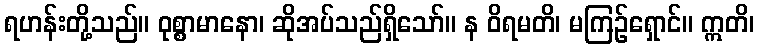
ရဟန်းတို့သည်။ ဝုစ္စာမာနော၊ ဆိုအပ်သည်ရှိသော်။ န ဝိရမတိ၊ မကြဉ်ရှောင်။ ဣတိ၊